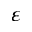
\varepsilon